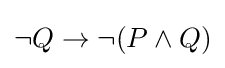
\lnot Q\to \lnot (P\land Q)